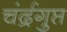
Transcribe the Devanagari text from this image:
चंर्द्रगुप्त